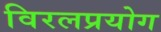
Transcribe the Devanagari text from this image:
विरलप्रयोग